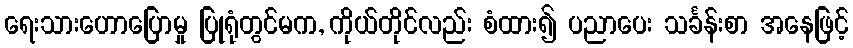
ရေးသားဟောပြောမှု ပြုရုံတွင်မက, ကိုယ်တိုင်လည်း စံထား၍ ပညာပေး သင်္ခန်းစာ အနေဖြင့်